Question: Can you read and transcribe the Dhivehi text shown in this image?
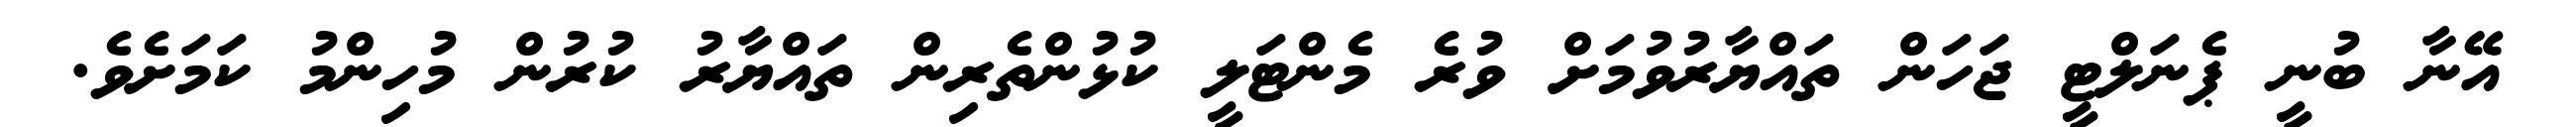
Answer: އޭނާ ބުނީ ޕެނަލްޓީ ޖަހަން ތައްޔާރުވުމަށް ވުރެ މެންޓަލީ ކުޅުންތެރިން ތައްޔާރު ކުރުން މުހިންމު ކަމަށެވެ.